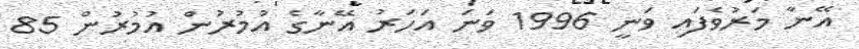
އޭނާ މަރުވެފައި ވަނީ 1996 ވަނަ އަހަރު އޭނާގެ އުމުރުން އުމުރުން 85